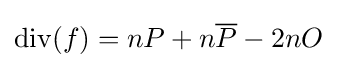
\operatorname {div} (f)=nP+n{\overline {P}}-2nO